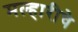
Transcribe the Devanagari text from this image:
मल्हारीचे